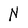
Character: N